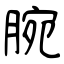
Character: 腕